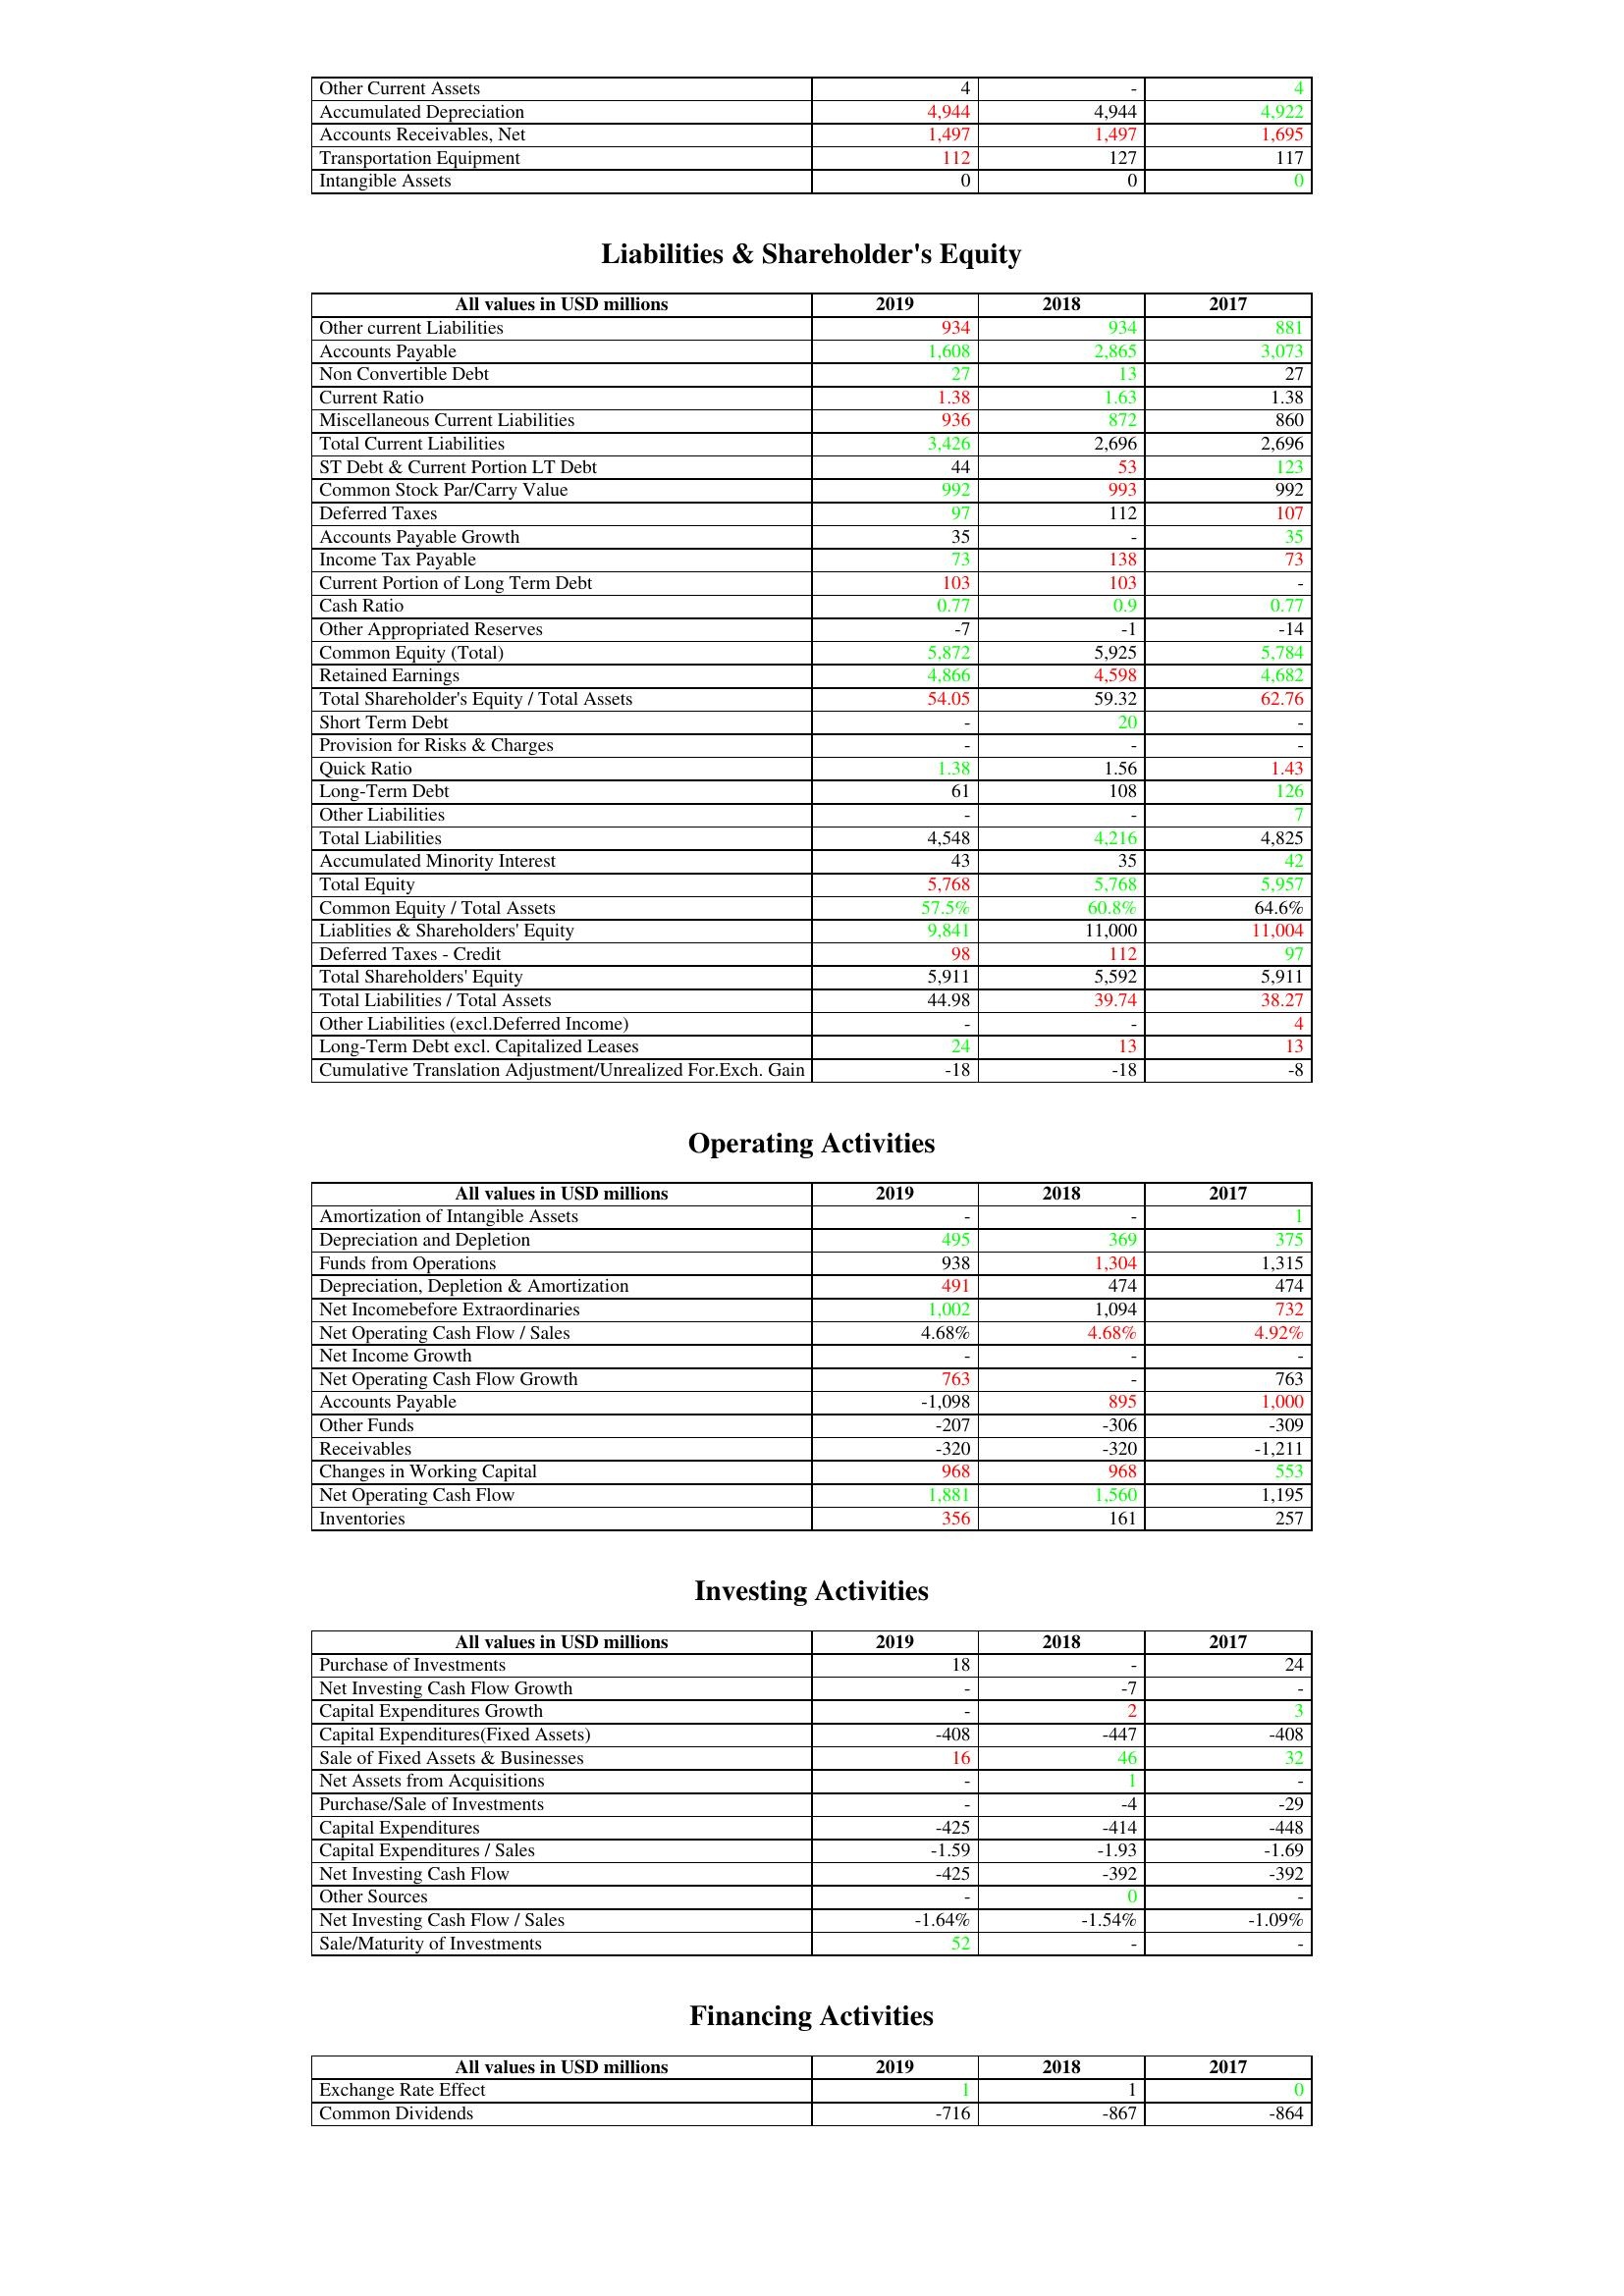
gt_parse: 2019: Assets: Other Current Assets: 4
Accumulated Depreciation: 4,944
Accounts Receivables, Net: 1,497
Transportation Equipment: 112
Intangible Assets: 0
Liabilities & Shareholder's Equity: Other current Liabilities: 934
Accounts Payable: 1,608
Non Convertible Debt: 27
Current Ratio: 1.38
Miscellaneous Current Liabilities: 936
Total Current Liabilities: 3,426
ST Debt & Current Portion LT Debt: 44
Common Stock Par/Carry Value: 992
Deferred Taxes: 97
Accounts Payable Growth: 35
Income Tax Payable: 73
Current Portion of Long Term Debt: 103
Cash Ratio: 0.77
Other Appropriated Reserves: -7
Common Equity (Total): 5,872
Retained Earnings: 4,866
Total Shareholder's Equity / Total Assets: 54.05
Short Term Debt: -
Provision for Risks & Charges: -
Quick Ratio: 1.38
Long-Term Debt: 61
Other Liabilities: -
Total Liabilities: 4,548
Accumulated Minority Interest: 43
Total Equity: 5,768
Common Equity / Total Assets: 57.5%
Liablities & Shareholders' Equity: 9,841
Deferred Taxes - Credit: 98
Total Shareholders' Equity: 5,911
Total Liabilities / Total Assets: 44.98
Other Liabilities (excl.Deferred Income): -
Long-Term Debt excl. Capitalized Leases: 24
Cumulative Translation Adjustment/Unrealized For.Exch. Gain: -18
Operating Activities: Amortization of Intangible Assets: -
Depreciation and Depletion: 495
Funds from Operations: 938
Depreciation, Depletion & Amortization: 491
Net Incomebefore Extraordinaries: 1,002
Net Operating Cash Flow / Sales: 4.68%
Net Income Growth: -
Net Operating Cash Flow Growth: 763
Accounts Payable: -1,098
Other Funds: -207
Receivables: -320
Changes in Working Capital: 968
Net Operating Cash Flow: 1,881
Inventories: 356
Investing Activities: Purchase of Investments: 18
Net Investing Cash Flow Growth: -
Capital Expenditures Growth: -
Capital Expenditures(Fixed Assets): -408
Sale of Fixed Assets & Businesses: 16
Net Assets from Acquisitions: -
Purchase/Sale of Investments: -
Capital Expenditures: -425
Capital Expenditures / Sales: -1.59
Net Investing Cash Flow: -425
Other Sources: -
Net Investing Cash Flow / Sales: -1.64%
Sale/Maturity of Investments: 52
Financing Activities: Exchange Rate Effect: 1
Common Dividends: -716
2018: Assets: Other Current Assets: -
Accumulated Depreciation: 4,944
Accounts Receivables, Net: 1,497
Transportation Equipment: 127
Intangible Assets: 0
Liabilities & Shareholder's Equity: Other current Liabilities: 934
Accounts Payable: 2,865
Non Convertible Debt: 13
Current Ratio: 1.63
Miscellaneous Current Liabilities: 872
Total Current Liabilities: 2,696
ST Debt & Current Portion LT Debt: 53
Common Stock Par/Carry Value: 993
Deferred Taxes: 112
Accounts Payable Growth: -
Income Tax Payable: 138
Current Portion of Long Term Debt: 103
Cash Ratio: 0.9
Other Appropriated Reserves: -1
Common Equity (Total): 5,925
Retained Earnings: 4,598
Total Shareholder's Equity / Total Assets: 59.32
Short Term Debt: 20
Provision for Risks & Charges: -
Quick Ratio: 1.56
Long-Term Debt: 108
Other Liabilities: -
Total Liabilities: 4,216
Accumulated Minority Interest: 35
Total Equity: 5,768
Common Equity / Total Assets: 60.8%
Liablities & Shareholders' Equity: 11,000
Deferred Taxes - Credit: 112
Total Shareholders' Equity: 5,592
Total Liabilities / Total Assets: 39.74
Other Liabilities (excl.Deferred Income): -
Long-Term Debt excl. Capitalized Leases: 13
Cumulative Translation Adjustment/Unrealized For.Exch. Gain: -18
Operating Activities: Amortization of Intangible Assets: -
Depreciation and Depletion: 369
Funds from Operations: 1,304
Depreciation, Depletion & Amortization: 474
Net Incomebefore Extraordinaries: 1,094
Net Operating Cash Flow / Sales: 4.68%
Net Income Growth: -
Net Operating Cash Flow Growth: -
Accounts Payable: 895
Other Funds: -306
Receivables: -320
Changes in Working Capital: 968
Net Operating Cash Flow: 1,560
Inventories: 161
Investing Activities: Purchase of Investments: -
Net Investing Cash Flow Growth: -7
Capital Expenditures Growth: 2
Capital Expenditures(Fixed Assets): -447
Sale of Fixed Assets & Businesses: 46
Net Assets from Acquisitions: 1
Purchase/Sale of Investments: -4
Capital Expenditures: -414
Capital Expenditures / Sales: -1.93
Net Investing Cash Flow: -392
Other Sources: 0
Net Investing Cash Flow / Sales: -1.54%
Sale/Maturity of Investments: -
Financing Activities: Exchange Rate Effect: 1
Common Dividends: -867
2017: Assets: Other Current Assets: 4
Accumulated Depreciation: 4,922
Accounts Receivables, Net: 1,695
Transportation Equipment: 117
Intangible Assets: 0
Liabilities & Shareholder's Equity: Other current Liabilities: 881
Accounts Payable: 3,073
Non Convertible Debt: 27
Current Ratio: 1.38
Miscellaneous Current Liabilities: 860
Total Current Liabilities: 2,696
ST Debt & Current Portion LT Debt: 123
Common Stock Par/Carry Value: 992
Deferred Taxes: 107
Accounts Payable Growth: 35
Income Tax Payable: 73
Current Portion of Long Term Debt: -
Cash Ratio: 0.77
Other Appropriated Reserves: -14
Common Equity (Total): 5,784
Retained Earnings: 4,682
Total Shareholder's Equity / Total Assets: 62.76
Short Term Debt: -
Provision for Risks & Charges: -
Quick Ratio: 1.43
Long-Term Debt: 126
Other Liabilities: 7
Total Liabilities: 4,825
Accumulated Minority Interest: 42
Total Equity: 5,957
Common Equity / Total Assets: 64.6%
Liablities & Shareholders' Equity: 11,004
Deferred Taxes - Credit: 97
Total Shareholders' Equity: 5,911
Total Liabilities / Total Assets: 38.27
Other Liabilities (excl.Deferred Income): 4
Long-Term Debt excl. Capitalized Leases: 13
Cumulative Translation Adjustment/Unrealized For.Exch. Gain: -8
Operating Activities: Amortization of Intangible Assets: 1
Depreciation and Depletion: 375
Funds from Operations: 1,315
Depreciation, Depletion & Amortization: 474
Net Incomebefore Extraordinaries: 732
Net Operating Cash Flow / Sales: 4.92%
Net Income Growth: -
Net Operating Cash Flow Growth: 763
Accounts Payable: 1,000
Other Funds: -309
Receivables: -1,211
Changes in Working Capital: 553
Net Operating Cash Flow: 1,195
Inventories: 257
Investing Activities: Purchase of Investments: 24
Net Investing Cash Flow Growth: -
Capital Expenditures Growth: 3
Capital Expenditures(Fixed Assets): -408
Sale of Fixed Assets & Businesses: 32
Net Assets from Acquisitions: -
Purchase/Sale of Investments: -29
Capital Expenditures: -448
Capital Expenditures / Sales: -1.69
Net Investing Cash Flow: -392
Other Sources: -
Net Investing Cash Flow / Sales: -1.09%
Sale/Maturity of Investments: -
Financing Activities: Exchange Rate Effect: 0
Common Dividends: -864